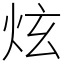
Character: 炫